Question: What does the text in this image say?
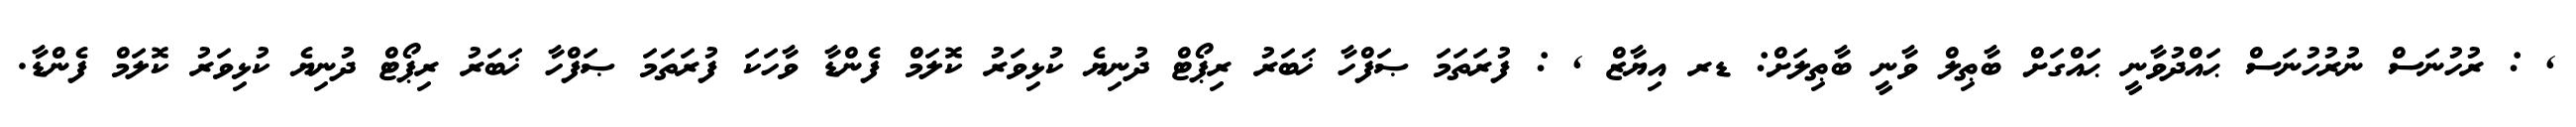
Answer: , : ރުހުނަސް ނުރުހުނަސް ޙައްދުވާނީ ޙައްގަށް ބާޠިލް ވާނީ ބާޠިލަށް: ޑރ އިޔާޒް , : ފުރަތަމަ ޞަފްހާ ޚަބަރު ރިޕޯޓް ދުނިޔެ ކުޅިވަރު ކޮލަމް ފެންޑާ ވާހަކަ ފުރަތަމަ ޞަފްހާ ޚަބަރު ރިޕޯޓް ދުނިޔެ ކުޅިވަރު ކޮލަމް ފެންޑާ.